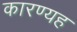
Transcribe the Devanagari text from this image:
कारण्यह